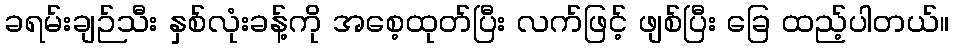
ခရမ်းချဉ်သီး နှစ်လုံးခန့်ကို အစေ့ထုတ်ပြီး လက်ဖြင့် ဖျစ်ပြီး ခြေ ထည့်ပါတယ်။